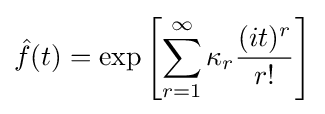
{\hat {f}}(t)=\exp \left[\sum _{r=1}^{\infty }\kappa _{r}{\frac {(it)^{r}}{r!}}\right]